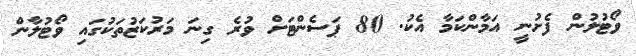
ވޯޓުލުން ފެށުނީ އަމާންކަމާ އެކު. 80 ޕަސެންޓަށް ވުރެ ގިނަ މަރުކަޒުތަކުގައި ވޯޓުލާން